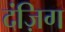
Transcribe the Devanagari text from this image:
दंज़िग